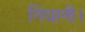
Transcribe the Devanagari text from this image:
गियानी।